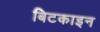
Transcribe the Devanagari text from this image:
बिटकाइन